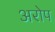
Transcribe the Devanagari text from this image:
अरोप